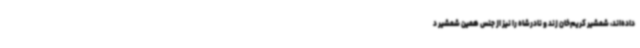
داده‌اند، شمشیر کریم‌خان زند و نادرشاه را نیز از جنس همین شمشیر د